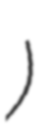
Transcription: ثعلبة)